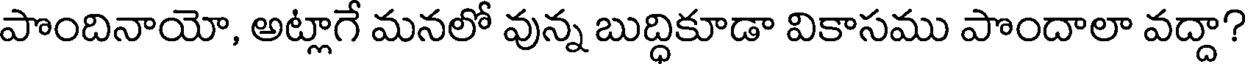
పొందినాయో, అట్లాగే మనలో వున్న బుద్ధికూడా వికాసము పొందాలా వద్దా?